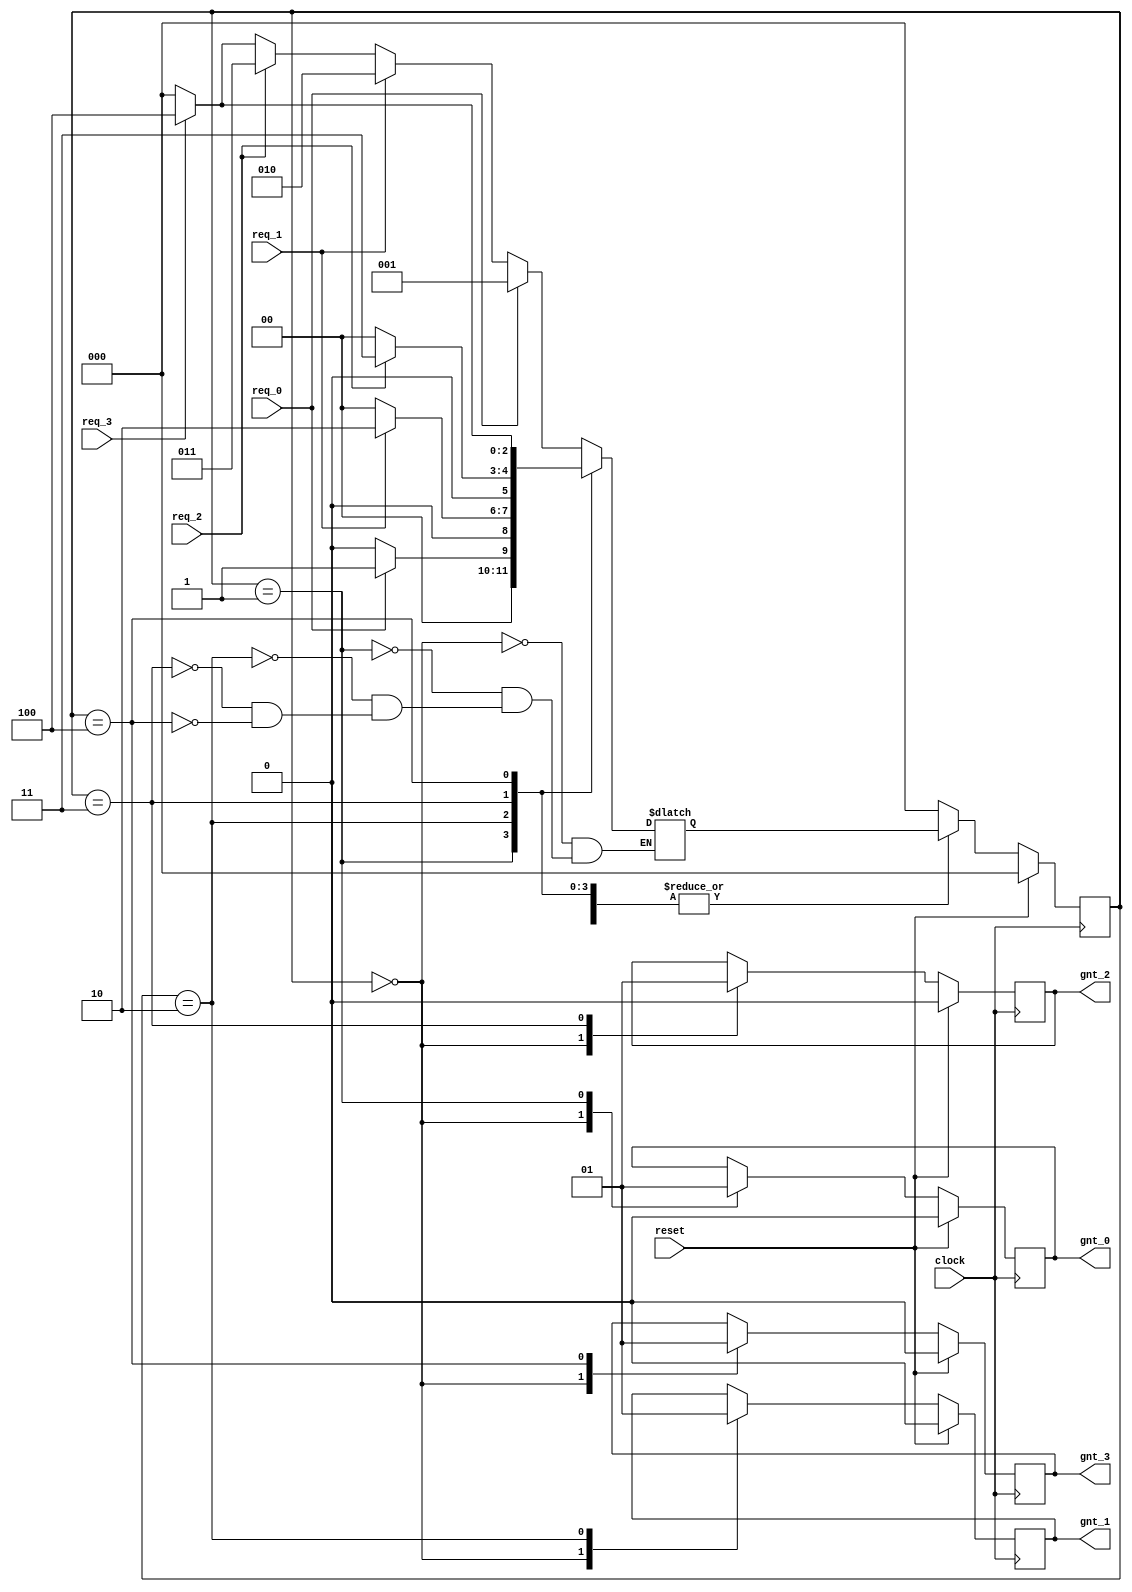
module fsm_full(
clock , // Clock
reset , // Active high reset
req_0 , // Active high request from agent 0
req_1 , // Active high request from agent 1
req_2 , // Active high request from agent 2
req_3 , // Active high request from agent 3
gnt_0 , // Active high grant to agent 0
gnt_1 , // Active high grant to agent 1
gnt_2 , // Active high grant to agent 2
gnt_3   // Active high grant to agent 3
);
// Port declaration here
input clock ; // Clock
input reset ; // Active high reset
input req_0 ; // Active high request from agent 0
input req_1 ; // Active high request from agent 1
input req_2 ; // Active high request from agent 2
input req_3 ; // Active high request from agent 3
output gnt_0 ; // Active high grant to agent 0
output gnt_1 ; // Active high grant to agent 1
output gnt_2 ; // Active high grant to agent 2
output gnt_3 ; // Active high grant to agent 

// Internal Variables
reg    gnt_0 ; // Active high grant to agent 0
reg    gnt_1 ; // Active high grant to agent 1
reg    gnt_2 ; // Active high grant to agent 2
reg    gnt_3 ; // Active high grant to agent 

parameter  [2:0]  IDLE  = 3'b000;
parameter  [2:0]  GNT0  = 3'b001;
parameter  [2:0]  GNT1  = 3'b010;
parameter  [2:0]  GNT2  = 3'b011;
parameter  [2:0]  GNT3  = 3'b100;

reg [2:0] state, next_state;

always @ (req_0 or req_1 or req_2 or req_3)
begin  
  case(state)
    IDLE : if (req_0 == 1'b1) begin
  	     next_state = GNT0;
           end else if (req_1 == 1'b1) begin
  	     next_state= GNT1;
           end else if (req_2 == 1'b1) begin
  	     next_state= GNT2;
           end else if (req_3 == 1'b1) begin
  	     next_state= GNT3;
	   end else begin
  	     next_state = IDLE;
           end			
    GNT0 : if (req_0 == 1'b0) begin
  	     next_state = IDLE;
           end else begin
	     next_state = GNT0;
	  end
    GNT1 : if (req_1 == 1'b0) begin
  	     next_state = IDLE;
           end else begin
	     next_state = GNT1;
	  end
    GNT2 : if (req_2 == 1'b0) begin
  	     next_state = IDLE;
           end else begin
	     next_state = GNT2;
	  end
    GNT3 : if (req_3 == 1'b0) begin
  	     next_state = IDLE;
           end else begin
	     next_state = GNT3;
	  end
  endcase
end

always @ (posedge clock)
begin : OUTPUT_LOGIC
  if (reset) begin
    gnt_0 <= #1 1'b0;
    gnt_1 <= #1 1'b0;
    gnt_2 <= #1 1'b0;
    gnt_3 <= #1 1'b0;
    state <= #1 IDLE;
  end else begin
    state <= #1 next_state;
    case(state)
	IDLE : begin
                gnt_0 <= #1 1'b0;
                gnt_1 <= #1 1'b0;
                gnt_2 <= #1 1'b0;
                gnt_3 <= #1 1'b0;
	       end
  	GNT0 : begin
  	         gnt_0 <= #1 1'b1;
  	       end
        GNT1 : begin
                 gnt_1 <= #1 1'b1;
               end
        GNT2 : begin
                 gnt_2 <= #1 1'b1;
               end
        GNT3 : begin
                 gnt_3 <= #1 1'b1;
               end
     default : begin
                 state <= #1 IDLE;
               end
    endcase
  end
end

endmodule